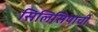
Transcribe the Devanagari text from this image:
सिलिसियाची